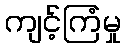
ကျင့်ကြံမှု